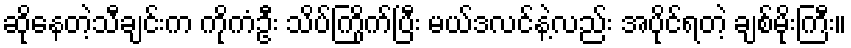
ဆိုနေတဲ့သီချင်းက ကိုကံဦး သိပ်ကြိုက်ပြီး မယ်ဒလင်နဲ့လည်း အပိုင်ရတဲ့ ချစ်မိုးကြီး။